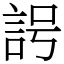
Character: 𧦢